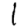
Digit: 1